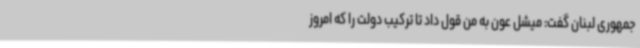
جمهوری لبنان گفت: میشل عون به من قول داد تا ترکیب دولت را که امروز